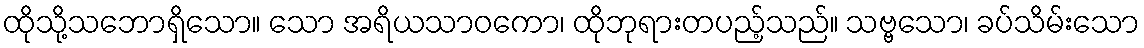
ထိုသို့သဘောရှိသော။ သော အရိယသာဝကော၊ ထိုဘုရားတပည့်သည်။ သဗ္ဗသော၊ ခပ်သိမ်းသော